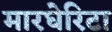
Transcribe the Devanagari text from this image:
मारघेरिटा